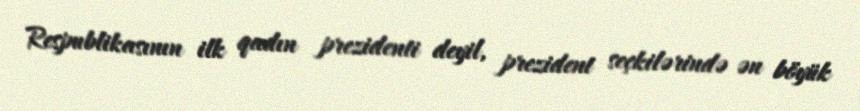
Respublikasının ilk qadın prezidenti deyil, prezident seçkilərində ən böyük